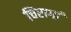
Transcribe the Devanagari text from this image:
चिरागां